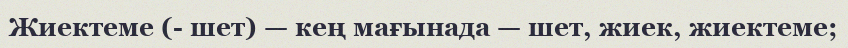
Жиектеме (- шет) — кең мағынада — шет, жиек, жиектеме;